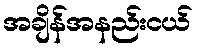
အချိန်အနည်းငယ်